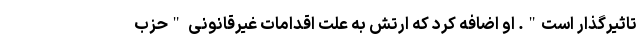
تاثیرگذار است". او اضافه کرد که ارتش به علت اقدامات غیرقانونی "حزب